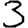
Digit: 3